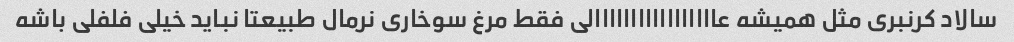
سالاد کرنبری مثل همیشه عااااااااااااااااالی فقط مرغ سوخاری نرمال طبیعتا نباید خیلی فلفلی باشه